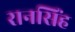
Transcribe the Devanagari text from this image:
रानसिंह